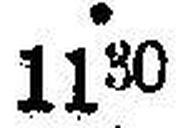
1130